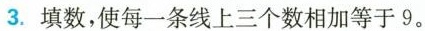
3.填数，使每一条线上三个数相加等于9。